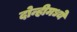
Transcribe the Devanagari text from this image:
दोन्हीमध्ये